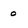
Character: o